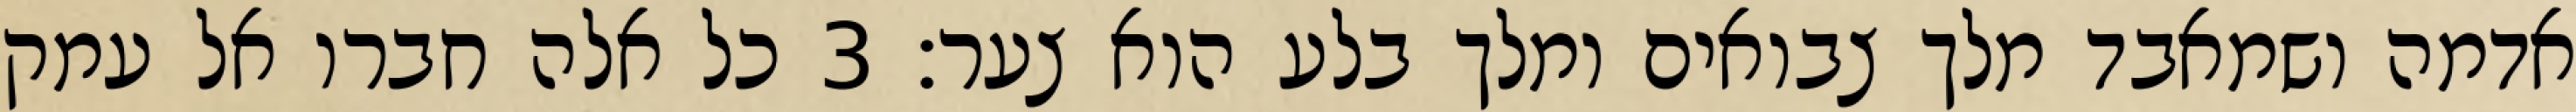
אדמה ושמאבד מלך צבואים ומלך בלע הוא צער׃ ‎3‏ כל אלה חברו אל עמק